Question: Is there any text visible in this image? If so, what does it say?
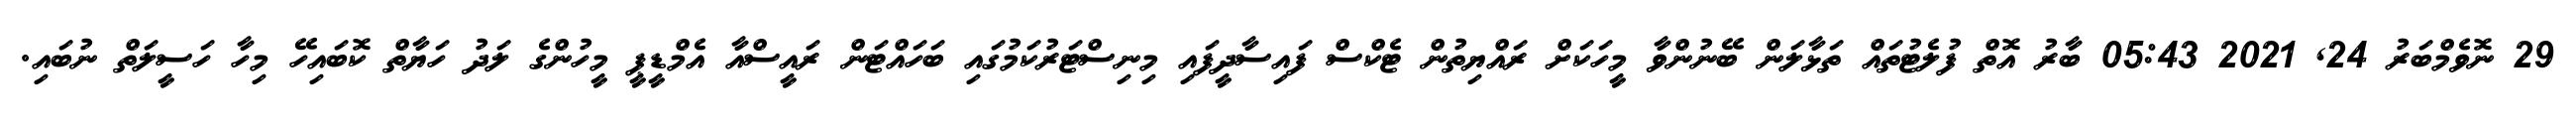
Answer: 29 ނޮވެމްބަރު 24, 2021 05:43 ބާރު އޮތް ފުލެޓުތައް ތަޅާލަން ބޭނުންވާ މީހަކަށް ރައްޔިތުން ޓެކްސް ފައިސާދީފައި މިނިސްޓަރުކަމުގައި ބަހައްޓަން ރައީސްއާ އެމްޑީޕީ މީހުންގެ ލަދު ހަޔާތް ކޮބައިހޭ މިހާ ހަސީލަތް ނުބައި.